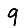
Digit: 9